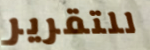
للتقرير